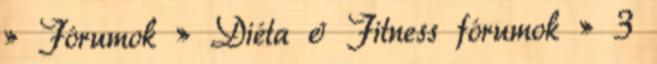
» Fórumok » Diéta & Fitness fórumok » 3